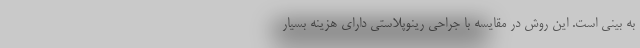
به بینی است. این روش در مقایسه با جراحی رینوپلاستی دارای هزینه بسیار